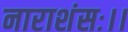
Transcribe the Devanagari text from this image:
नाराशंसः।।